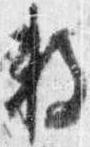
数